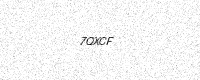
Text: 7QXCF